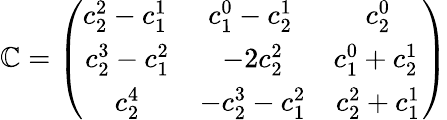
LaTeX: \mathbb{C}=\left(\begin{array}{ccc}{{\begin{array}{c}{{c_{2}^{2}-c_{1}^{1}}}\end{array}\, }}&{{\begin{array}{c}{{c_{1}^{0}-c_{2}^{1}}}\end{array}\, }}&{{\begin{array}{c}{{c_{2}^{0}}}\end{array}}}\\ {{\begin{array}{c}{{c_{2}^{3}-c_{1}^{2}}}\end{array}}}&{{\begin{array}{c}{{-2c_{2}^{2}}}\end{array}}}&{{\begin{array}{c}{{c_{1}^{0}+c_{2}^{1}}}\end{array}\, }}\\ {{\begin{array}{c}{{c_{2}^{4}}}\end{array}}}&{{\begin{array}{c}{{-c_{2}^{3}-c_{1}^{2}}}\end{array}}}&{{\begin{array}{c}{{c_{2}^{2}+c_{1}^{1}}}\end{array}}}\end{array}\right)